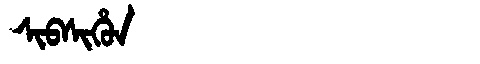
Manchu: ᠰᡳᠪᠰᡳᡥᡠᠨ
Romanization: SIBSIHUN